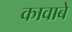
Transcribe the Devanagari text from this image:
कावाबे